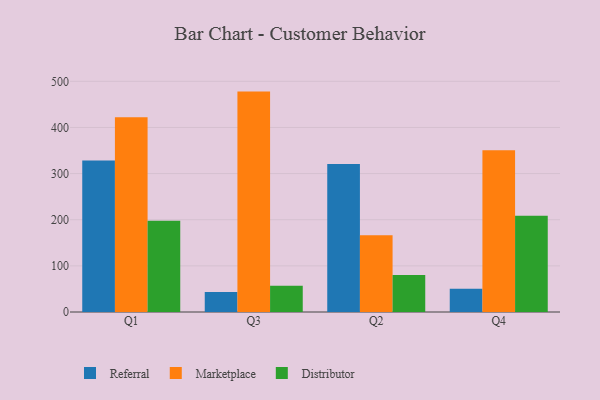
{"axis": {"x": "Quarter", "y": "Bounce Rate (%)"}, "legend": ["Distributor", "Marketplace", "Referral"], "data": [{"x": "Q1", "y": 328.3, "type": "Referral"}, {"x": "Q1", "y": 422.1, "type": "Marketplace"}, {"x": "Q1", "y": 197.7, "type": "Distributor"}, {"x": "Q3", "y": 43.5, "type": "Referral"}, {"x": "Q3", "y": 477.7, "type": "Marketplace"}, {"x": "Q3", "y": 57.1, "type": "Distributor"}, {"x": "Q2", "y": 320.9, "type": "Referral"}, {"x": "Q2", "y": 166.2, "type": "Marketplace"}, {"x": "Q2", "y": 80.3, "type": "Distributor"}, {"x": "Q4", "y": 50.6, "type": "Referral"}, {"x": "Q4", "y": 350.8, "type": "Marketplace"}, {"x": "Q4", "y": 208.6, "type": "Distributor"}]}